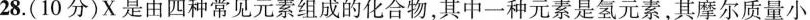
28.(10分)X是由四种常见元素组成的化合物，其中一种元素是氢元素，其摩尔质量小